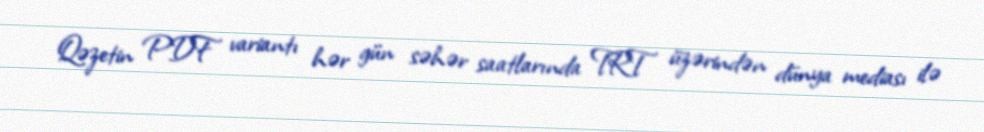
Qəzetin PDF variantı hər gün səhər saatlarında TRT üzərindən dünya mediası ilə